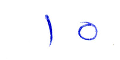
١٥